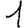
Digit: 1